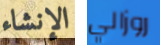
الإنشاء روزالي